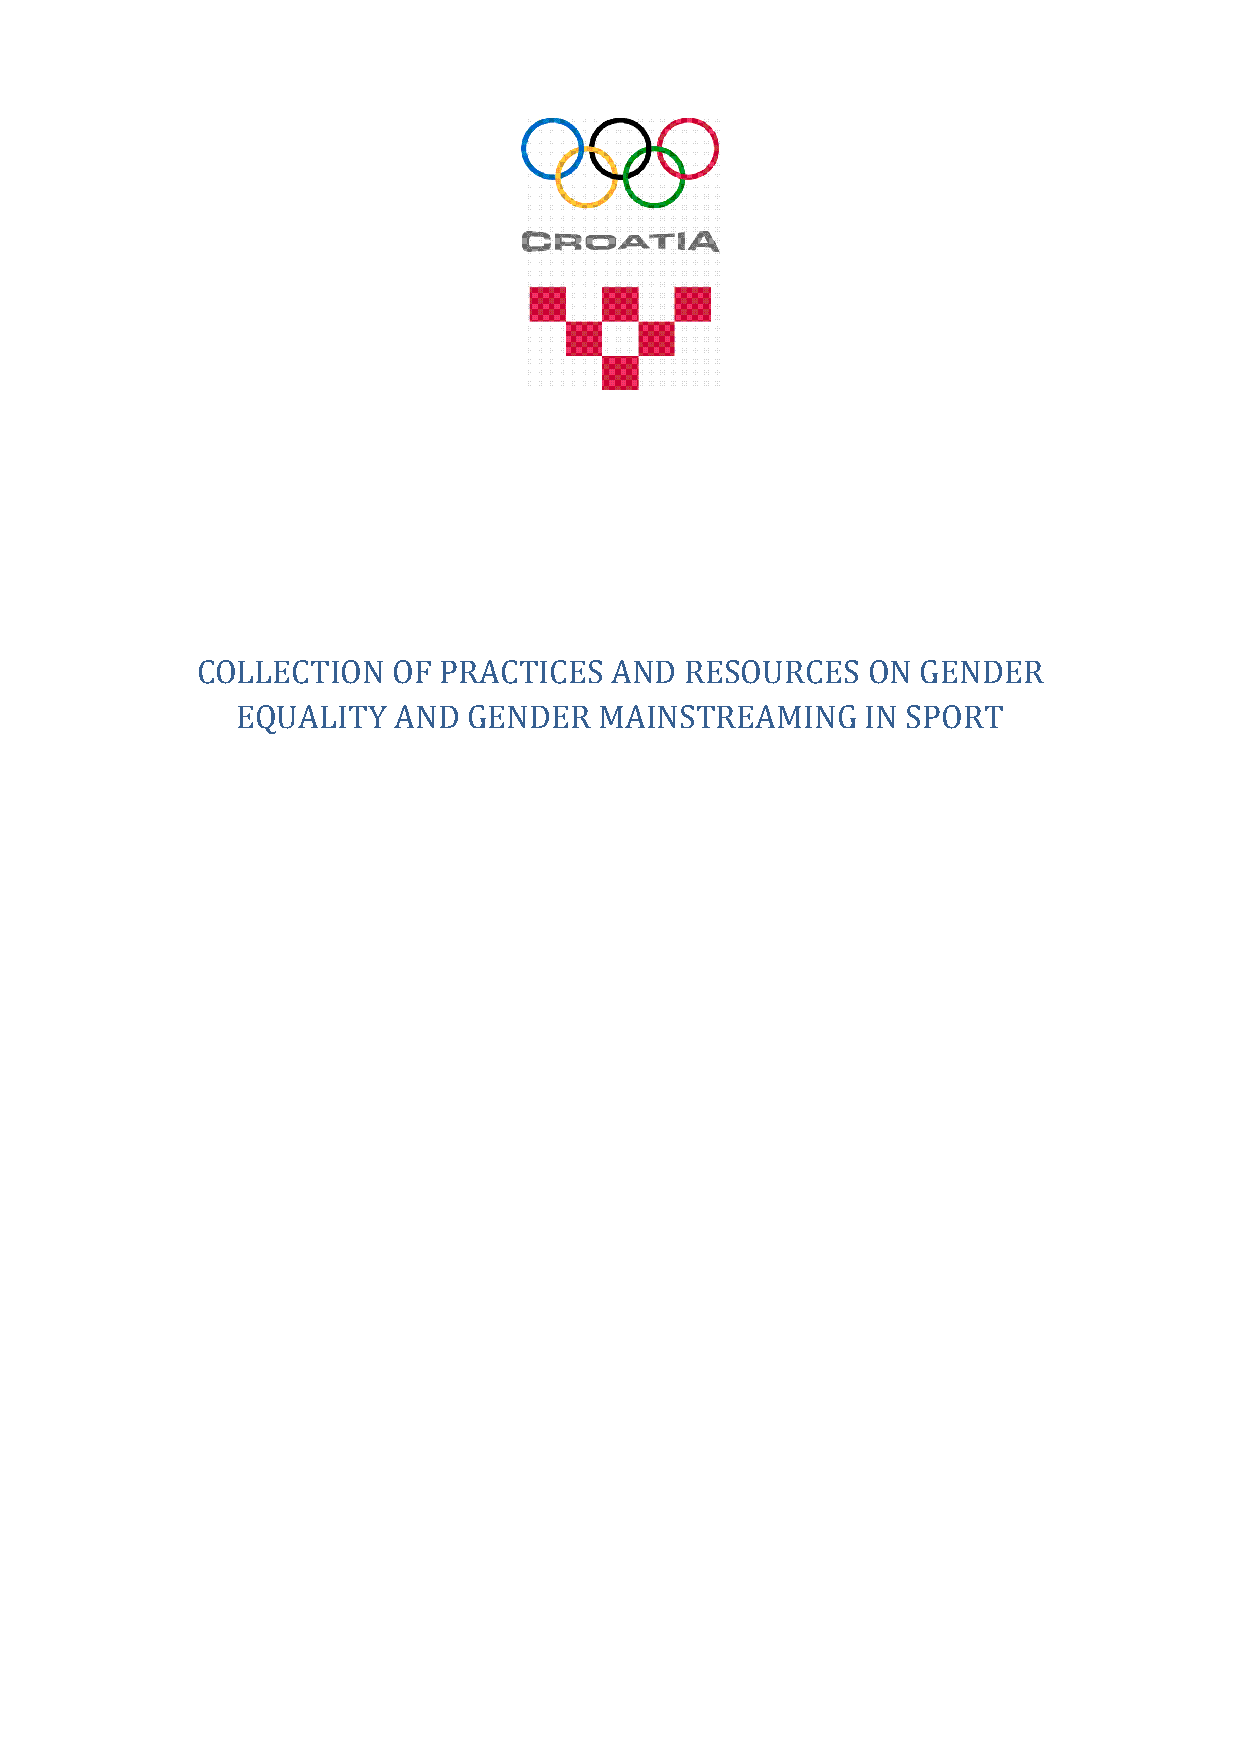
COLLECTION   OF PRACTICES  AND  RESOURCES   ON  GENDER
 EQUALITY  AND  GENDER   MAINSTREAMING    IN SPORT